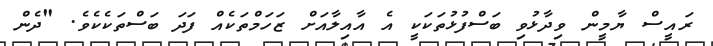
ރައީސް ޔާމީން ވިދާޅުވި ބަސްފުޅުތަކަކީ އެ އާއިލާއަށް ޒަހަމްތަކެއް ފަދަ ބަސްތަކެކެވެ. "ދެން